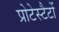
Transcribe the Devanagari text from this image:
प्रोटेस्टैटों